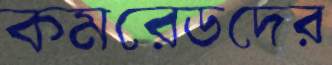
কমরেডদের